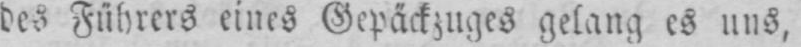
des Führers eines Gepäckzuges gelang es uns,